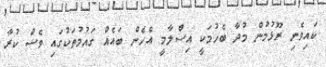
ކައިވެނި ރޫޅުމުން މުދާ ބެހުމަކީ އިސްލާމީ އެހެން ބައެއް ގައުމުތަކުގައި ވެސް ކުރާ